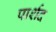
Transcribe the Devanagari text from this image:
पार्शद